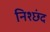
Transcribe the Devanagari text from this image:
निश्छंद